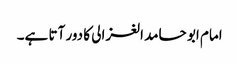
امام ابو حامد الغزالی کا دور آتا ہے۔